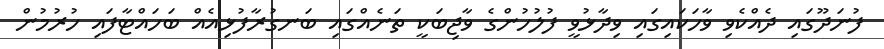
ފުނަދޫގައި ދެއްކެވި ވާހަކައިގައި ވިދާޅުވީ ފުލުހުންގެ ވާޖިބަކީ ތަނެއްގައި ބަނގުރާފުޅިއެއް ބަހައްޓާފައި ހުރުމުން